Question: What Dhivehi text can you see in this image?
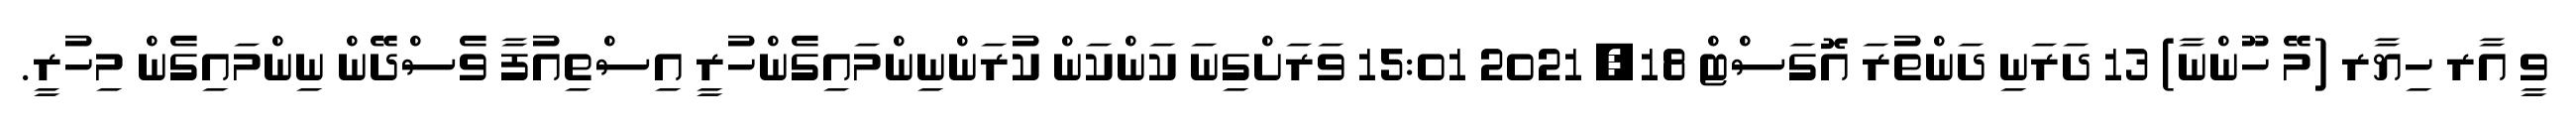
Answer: ވީ އާރ ހިޔާރ (މޭ ހޫންނާ) 13 ދަރަނި ދަންތުރަ އޮގަސްޓް 18, 2021 15:01 ވަރަށްގިނަ ކަންކަން ކުރަންނިންމައިގެންހުރީ އިސްތިއުފާ ވެސްދޭން ނިންމައިގެން މިހުރީ.